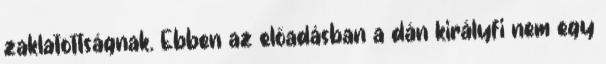
zaklatottságnak. Ebben az előadásban a dán királyfi nem egy